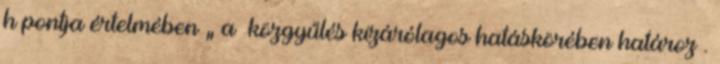
h pontja értelmében „ a közgyűlés kizárólagos hatáskörében határoz .